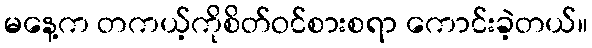
မနေ့က တကယ့်ကိုစိတ်ဝင်စားစရာ ကောင်းခဲ့တယ်။